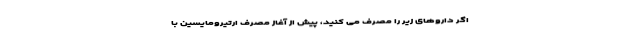
اگر داروهای زیر را مصرف می کنید، پیش از آغاز مصرف ارتیرومایسین با